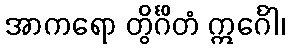
အာကရော တွိင်္ဂိတံ ဣင်္ဂေါ၊